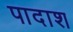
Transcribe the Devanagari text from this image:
पादाश